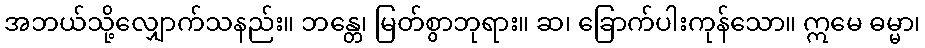
အဘယ်သို့လျှောက်သနည်း။ ဘန္တေ၊ မြတ်စွာဘုရား။ ဆ၊ ခြောက်ပါးကုန်သော။ ဣမေ ဓမ္မာ၊